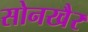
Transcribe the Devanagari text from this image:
सोनखैर